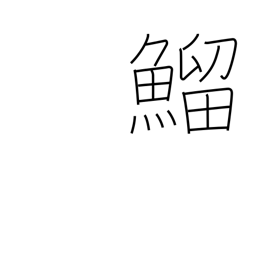
Meaning: type of fish